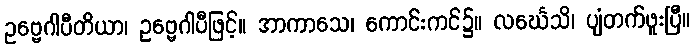
ဥဗ္ဗေဂါပီတိယာ၊ ဥဗ္ဗေဂါပီဖြင့်။ အာကာသေ၊ ကောင်းကင်၌။ လင်္ဃေသိ၊ ပျံတက်ဖူးပြီ။